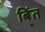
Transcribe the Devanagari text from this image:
बिंत